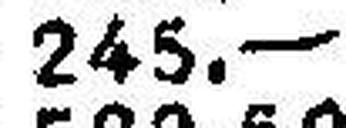
245.—